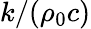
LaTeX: k/(\rho_{0}c)